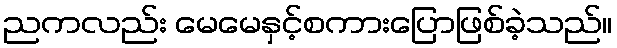
ညကလည်း မေမေနှင့်စကားပြောဖြစ်ခဲ့သည်။